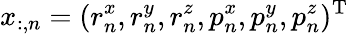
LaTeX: x_{:,n}=({r}_{n}^{x},{r}_{n}^{y},{r}_{n}^{z},{p}_{n}^{x},{p}_{n}^{y},{p}_{n}^{z})^{\mathrm{T}}